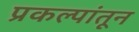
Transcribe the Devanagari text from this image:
प्रकल्पांतून